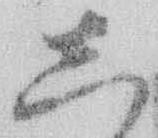
し